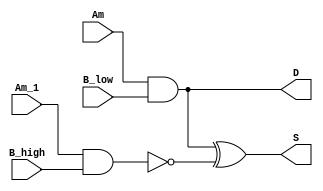
`timescale 1ns/1ns
module LUT_c(
    input           Am          ,
    input           B_low       ,
    input           Am_1        ,
    input           B_high      ,
    output          S           ,
    output          D           //           
);

   assign S = (Am & B_low) ^ (!(Am_1 & B_high));
   assign D = Am & B_low;

endmodule // LUT_c